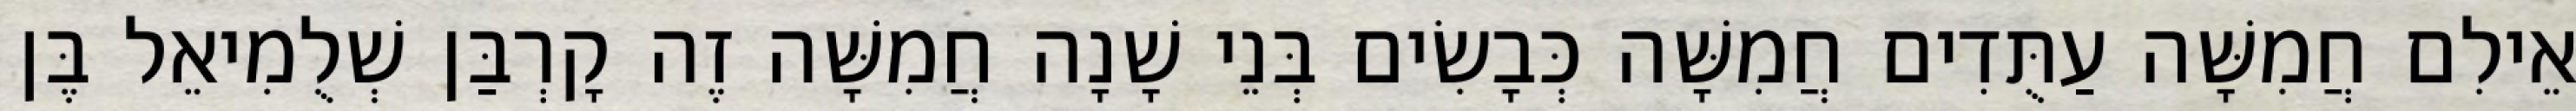
אֵילִם חֲמִשָּׁה עַתֻּדִים חֲמִשָּׁה כְּבָשִׂים בְּנֵי שָׁנָה חֲמִשָּׁה זֶה קָרְבַּן שְׁלֻמִיאֵל בֶּן